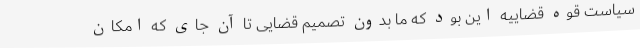
سیاست قوه قضاییه این بود که ما بدون تصمیم قضایی تا آن جای که امکان